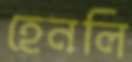
হেনলি